Civil Veterinary Dept. North-West Frontier Province 1901-22 - 1901-1922
Year: 1901
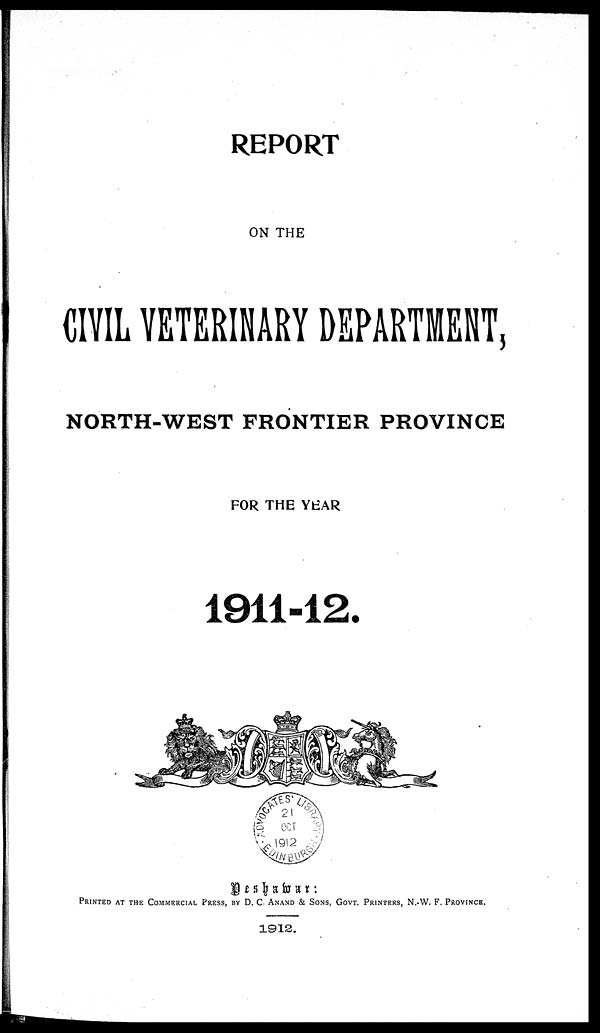
REPORT
ON THE
CIVIL VETERINARY DEPARTMENT,
NORTH-WEST FRONTIER PROVINCE
FOR THE YEAR
1911-12.
Peshawar :
PRINTED AT THE COMMERCIAL PRESS, BY D. C. ANAND & SONS, GOVT. PRINTERS, N.-W. F. PROVINCE.
1912.